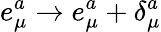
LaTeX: e_{\mu}^{a}\to e_{\mu}^{a}+\delta_{\mu}^{a}